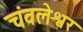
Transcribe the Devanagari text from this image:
चंवलेश्वर